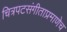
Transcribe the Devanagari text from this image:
चित्रपटसंगीताप्रमाणेच